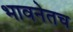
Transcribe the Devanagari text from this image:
भावनेतच